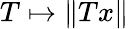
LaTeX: T\mapsto\| Tx\|